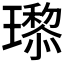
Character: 𬎙